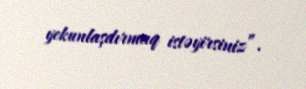
yekunlaşdırmaq istəyirsiniz”.